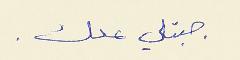
جبتلي معك .